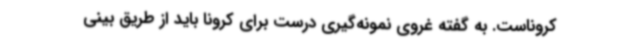
کروناست. به گفته غروی نمونه‌گیری درست برای کرونا باید از طریق بینی